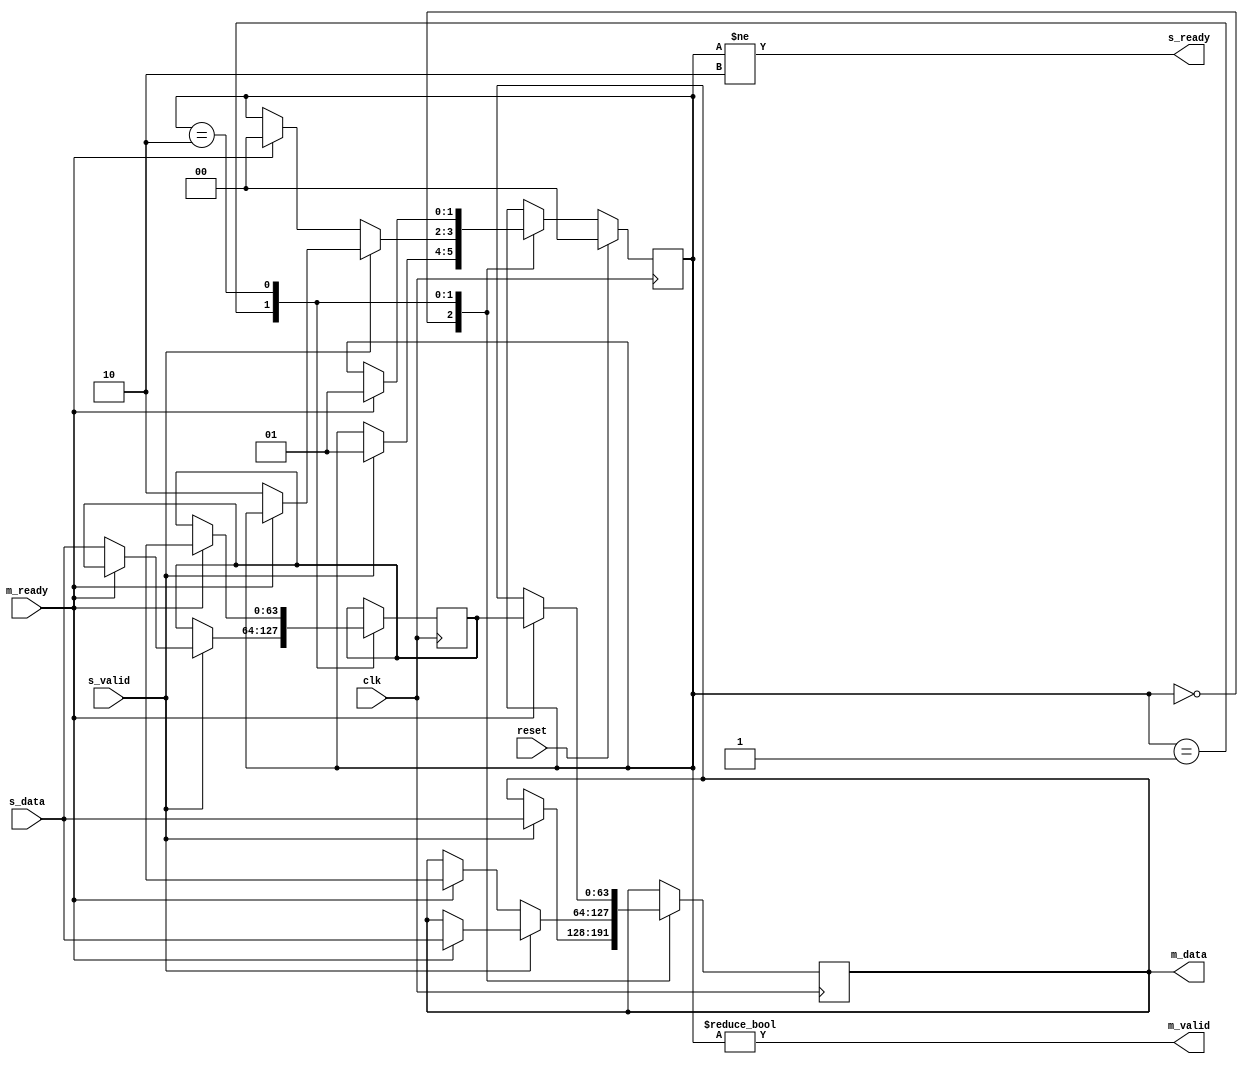
module double_latch(input wire              clk,
		    input wire 		    reset,
		    // input port
		    input wire 		    s_valid,
		    output wire 	    s_ready,
		    input wire [WIDTH-1:0]  s_data,
		    // output port
		    output wire 	    m_valid,
		    input wire 		    m_ready,
		    output wire [WIDTH-1:0] m_data
		    );

   parameter WIDTH = 64;

/* Double-storage latch to increase throughput:
 * Two storage elements, 0 and 1.  Full 0 and full 1.
 * Full0	Full1
 *     0	    0	A:  Latch empty.
 *     1	    0	B:  Latch full.
 *     1            1   C:  Latch really full.
 *     0            1   D:  Doesn't happen
 *
 * On s_valid, if !full0, latch data0 and make full0.
 * Assert m_valid if 0 or 1 full.
 * On s_valid, if full0 but !full1, latch data1 and make full1.
 * Assert s_ready if !(full0 && full1)
 * On m_ready, clear full0 if full0 and not full1; clear full1 if... no
 *
 * Point is to enable flow-through, i.e. latch every cycle into data0 unless !m_ready.
 * S_ready unless both full (OK).
 */
   reg [WIDTH-1:0] 			    storage;
   reg [WIDTH-1:0] 			    storageB;
   reg [1:0] 				    state;
`define STATE_EMPTY	0
`define STATE_HALF	1
`define STATE_FULL	2

   assign s_ready 	= (state != `STATE_FULL);
   assign m_valid 	= (state != `STATE_EMPTY);
   assign m_data	= storage;

   always @(posedge clk)
     begin
	case (state)
	  `STATE_EMPTY: begin
	     if (s_valid) begin
		storage <= s_data;
		state <= `STATE_HALF;
	     end
	  end
	  `STATE_HALF: begin
	     if (s_valid) begin
		if (!m_ready) begin
		   // Downstream is blocked; accept one more.
		   storageB <= s_data;
		   state <= `STATE_FULL;
		end else /* ack asserted */ begin
		   // flowthrough: latch a new bit of data on the same edge as downstream consuming the current one
		   storage <= s_data;
		end
	     end else if (m_ready) begin
		// No input and downstream consumed current data
		state <= `STATE_EMPTY;
		storage <= {WIDTH{1'bx}};
	     end
	  end
	  `STATE_FULL: begin
	     /* Ignore s_valid. */
	     if (m_ready) begin
		storageB <= {WIDTH{1'bx}};
	     storage <= storageB;
	     state <= `STATE_HALF;
	  end
	  end
	  default: begin
	  end
	endcase // case (state)

        if (reset) begin
           /* Last assignment wins */
           state <= `STATE_EMPTY;
        end
     end // always @ (posedge clk)

endmodule